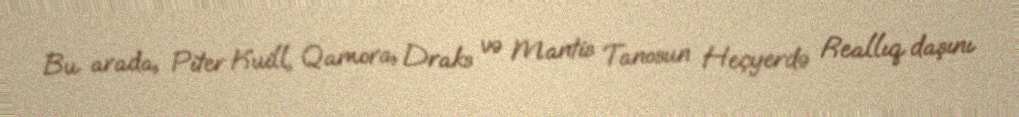
Bu arada, Piter Kuill, Qamora, Draks və Mantis Tanosun Heçyerdə Reallıq daşını